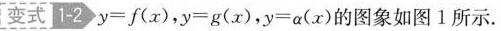
变式1-2$$y = f ( x )$$，$$y = g ( x )$$，$$y = \alpha ( x )$$的图象如图1所示。